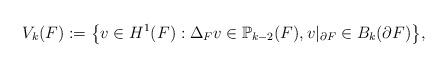
LaTeX: \begin{align*}V_k(F):= \big\{v\in H^1(F): \Delta_{F} v \in \mathbb{P}_{k-2}(F), v|_{\partial F}\in B_k(\partial F) \big\},\end{align*}